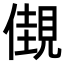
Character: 𧡞